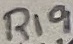
Text: R19